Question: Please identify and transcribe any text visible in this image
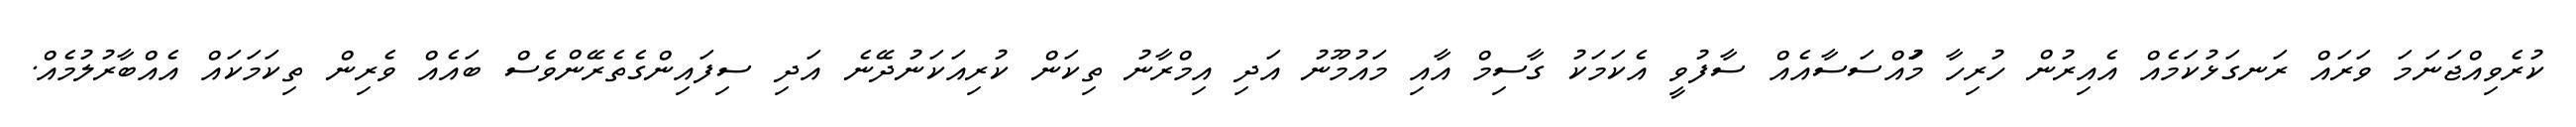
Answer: ކުރެވިއްޖަނަމަ ވަރައް ރަނގަޅުކަމެއް އެއިރުން ހުރިހާ މުައްސަސާއެއް ސާފުވީ އެކަމަކު ގާސިމް އާއި މައުމޫނު އަދި އިމްރާނު ތިކަން ކުރިއަކަނުދޭނެ އަދި ސިފައިންގެތެރޭންވެސް ބައެއް ވެރިން ތިކަމަކައް އެއްބާރުލުމެއް.